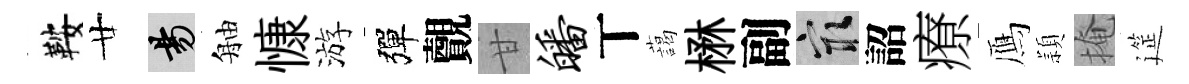
鞍廿昜舳慷游彈覿甘皤丅藹楙副冣詔療鴈頴掩筵